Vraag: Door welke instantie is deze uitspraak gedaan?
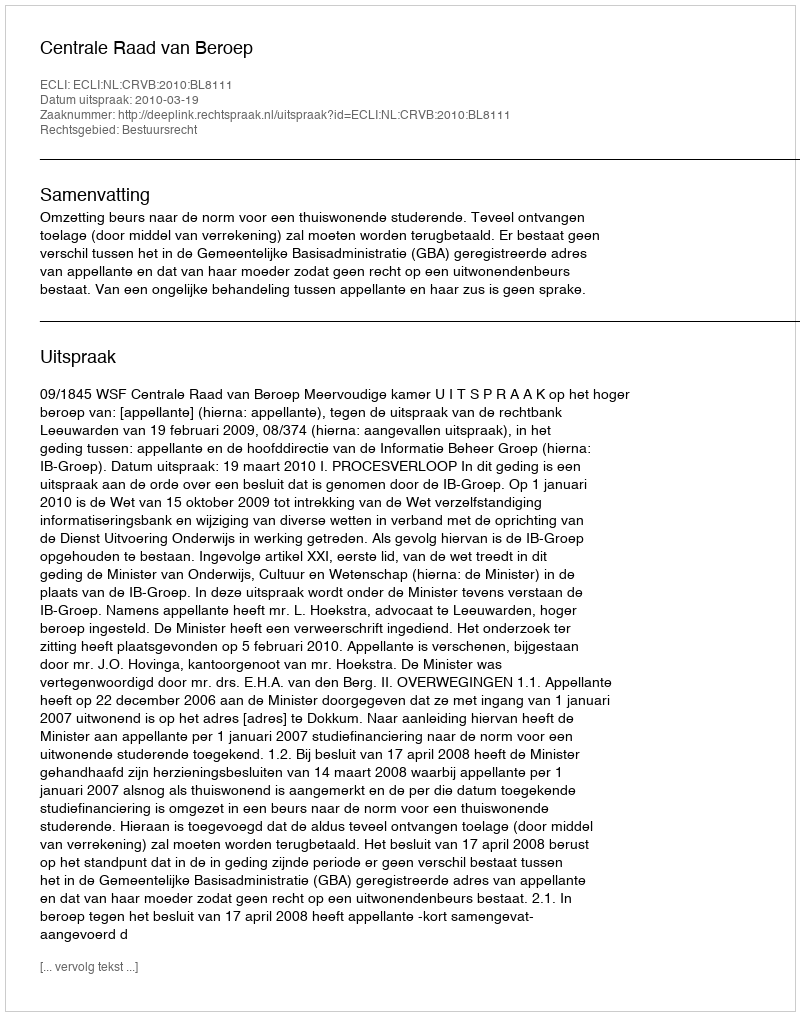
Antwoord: Centrale Raad van Beroep